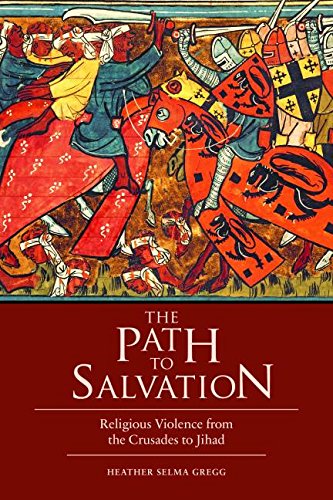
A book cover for The Path to Salvation: Religious Violence from the Crusades to Jihad; Heather Selma Gregg; Religion & Spirituality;